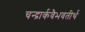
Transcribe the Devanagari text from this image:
चन्द्रार्कवैभवतीर्थ